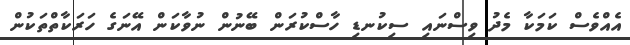
އެއްވެސް ކަމަކާ މެދު ވިސްނައި ސިކުނޑި ހާސްކުރަން ބޭނުން ނުވާކަން އޭނަގެ ހަރަކާތްތަކުން